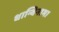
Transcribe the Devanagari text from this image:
धान्विनाम।